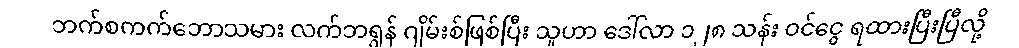
ဘက်စကက်ဘောသမား လက်ဘရွန် ဂျိမ်းစ်ဖြစ်ပြီး သူဟာ ဒေါ်လာ ၁၂၈ သန်း ဝင်ငွေ ရထားပြီးပြီလို့